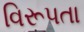
વિરૂપતા